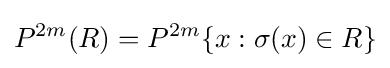
P^{2m}(R)=P^{2m}\{x:\sigma (x)\in R\}